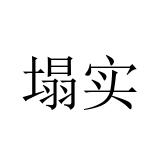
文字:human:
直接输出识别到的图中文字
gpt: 塌实